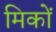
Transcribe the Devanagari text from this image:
मिकों